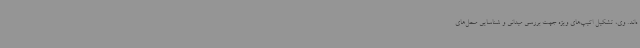
ه‌اند. وی، تشکیل اکیپ‌های ویژه جهت بررسی میدانی و شناسایی محل‌های